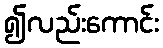
၍လည်းကောင်း